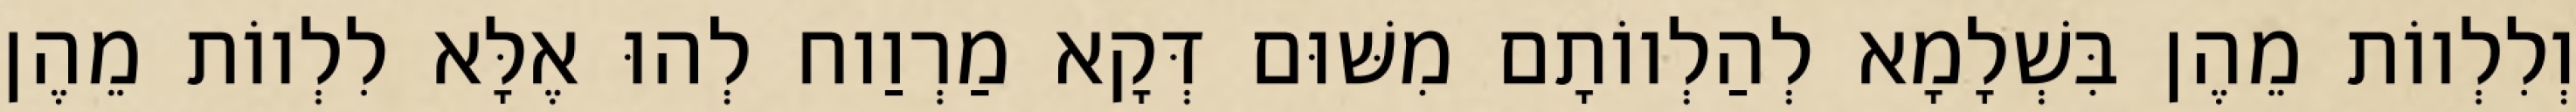
וְלִלְווֹת מֵהֶן בִּשְׁלָמָא לְהַלְווֹתָם מִשּׁוּם דְּקָא מַרְוַוח לְהוּ אֶלָּא לִלְווֹת מֵהֶן